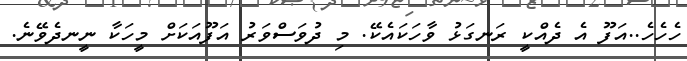
ހެހެހެ..އަފޫ އެ ދެއްކީ ރަނގަޅު ވާހަކައެކޭ. މި ދުވަސްވަރު އަފޫއަކަށް މީހަކާ ނީނދެވޭނެ.